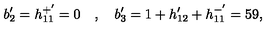
b _ { 2 } ^ { \prime } = h _ { 1 1 } ^ { + ^ { \prime } } = 0 \quad , \quad b _ { 3 } ^ { \prime } = 1 + h _ { 1 2 } ^ { \prime } + h _ { 1 1 } ^ { - ^ { \prime } } = 5 9 ,